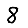
Digit: 8